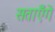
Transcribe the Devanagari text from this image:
सताएँगे